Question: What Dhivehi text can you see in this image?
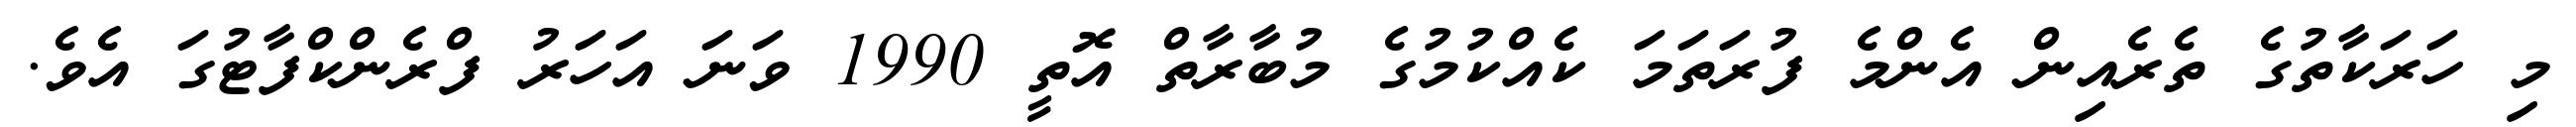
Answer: މި ހަރަކާތުގެ ތެރެއިން އެންމެ ފުރަތަމަ ކެއްކުމުގެ މުބާރާތް އޮތީ 1990 ވަނަ އަހަރު ފްރެންކްފާޓުގަ އެވެ.